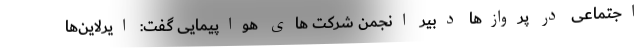
اجتماعی در پروازها دبیر انجمن شرکت های هواپیمایی گفت: ایرلاین‌ها